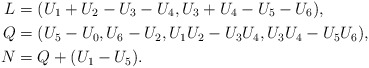
\begin{align*} L &= (U_1 + U_2 - U_3 - U_4, U_3 + U_4 - U_5 - U_6), \\ Q &= (U_5-U_0, U_6 - U_2, U_1U_2 - U_3 U_4, U_3U_4 - U_5 U_6), \\ N &= Q + (U_1 - U_5). \end{align*}